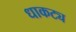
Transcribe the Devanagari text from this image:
धाकट्य